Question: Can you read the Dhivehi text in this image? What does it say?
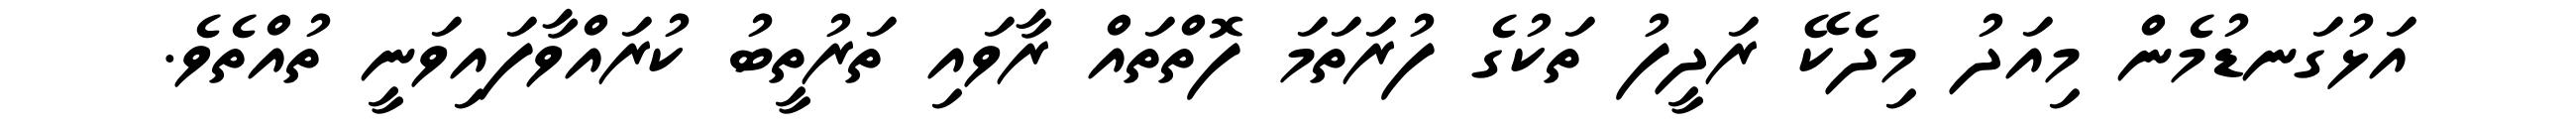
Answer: އަޅުގަނޑުމެން މިއަދު މިދެކޭ ރަދީފު ތަކުގެ ފުރަތަމަ ފޮތްތައް ރާވައި ތަރުތީބު ކުރައްވާފައިވަނީ ތުއްތެވެ.